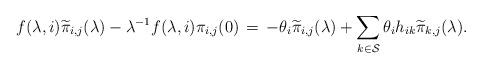
LaTeX: \begin{align*}f(\lambda, i) \widetilde{\pi}_{i,j}(\lambda) - \lambda^{-1}f(\lambda, i) \pi_{i,j}(0) \, = \, -\theta_i \widetilde{\pi}_{i,j}(\lambda) + \sum_{k \in \mathcal{S}} \theta_i h_{ik} \widetilde{\pi}_{k,j}(\lambda).\end{align*}